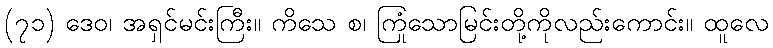
(၇၁) ဒေဝ၊ အရှင်မင်းကြီး။ ကိသေ စ၊ ကြုံသောမြင်းတို့ကိုလည်းကောင်း။ ထူလေ